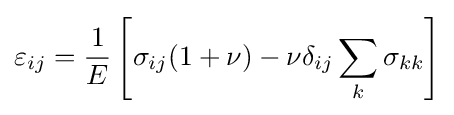
\varepsilon _{ij}={\frac {1}{E}}\left[\sigma _{ij}(1+\nu )-\nu \delta _{ij}\sum _{k}\sigma _{kk}\right]